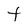
Character: t